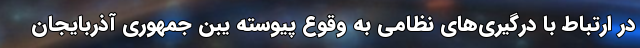
در ارتباط با درگیری‌های نظامی به وقوع پیوسته یبن جمهوری آذربایجان